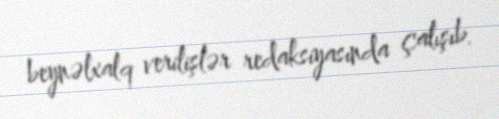
beynəlxalq verilişlər redaksiyasında çalışıb.